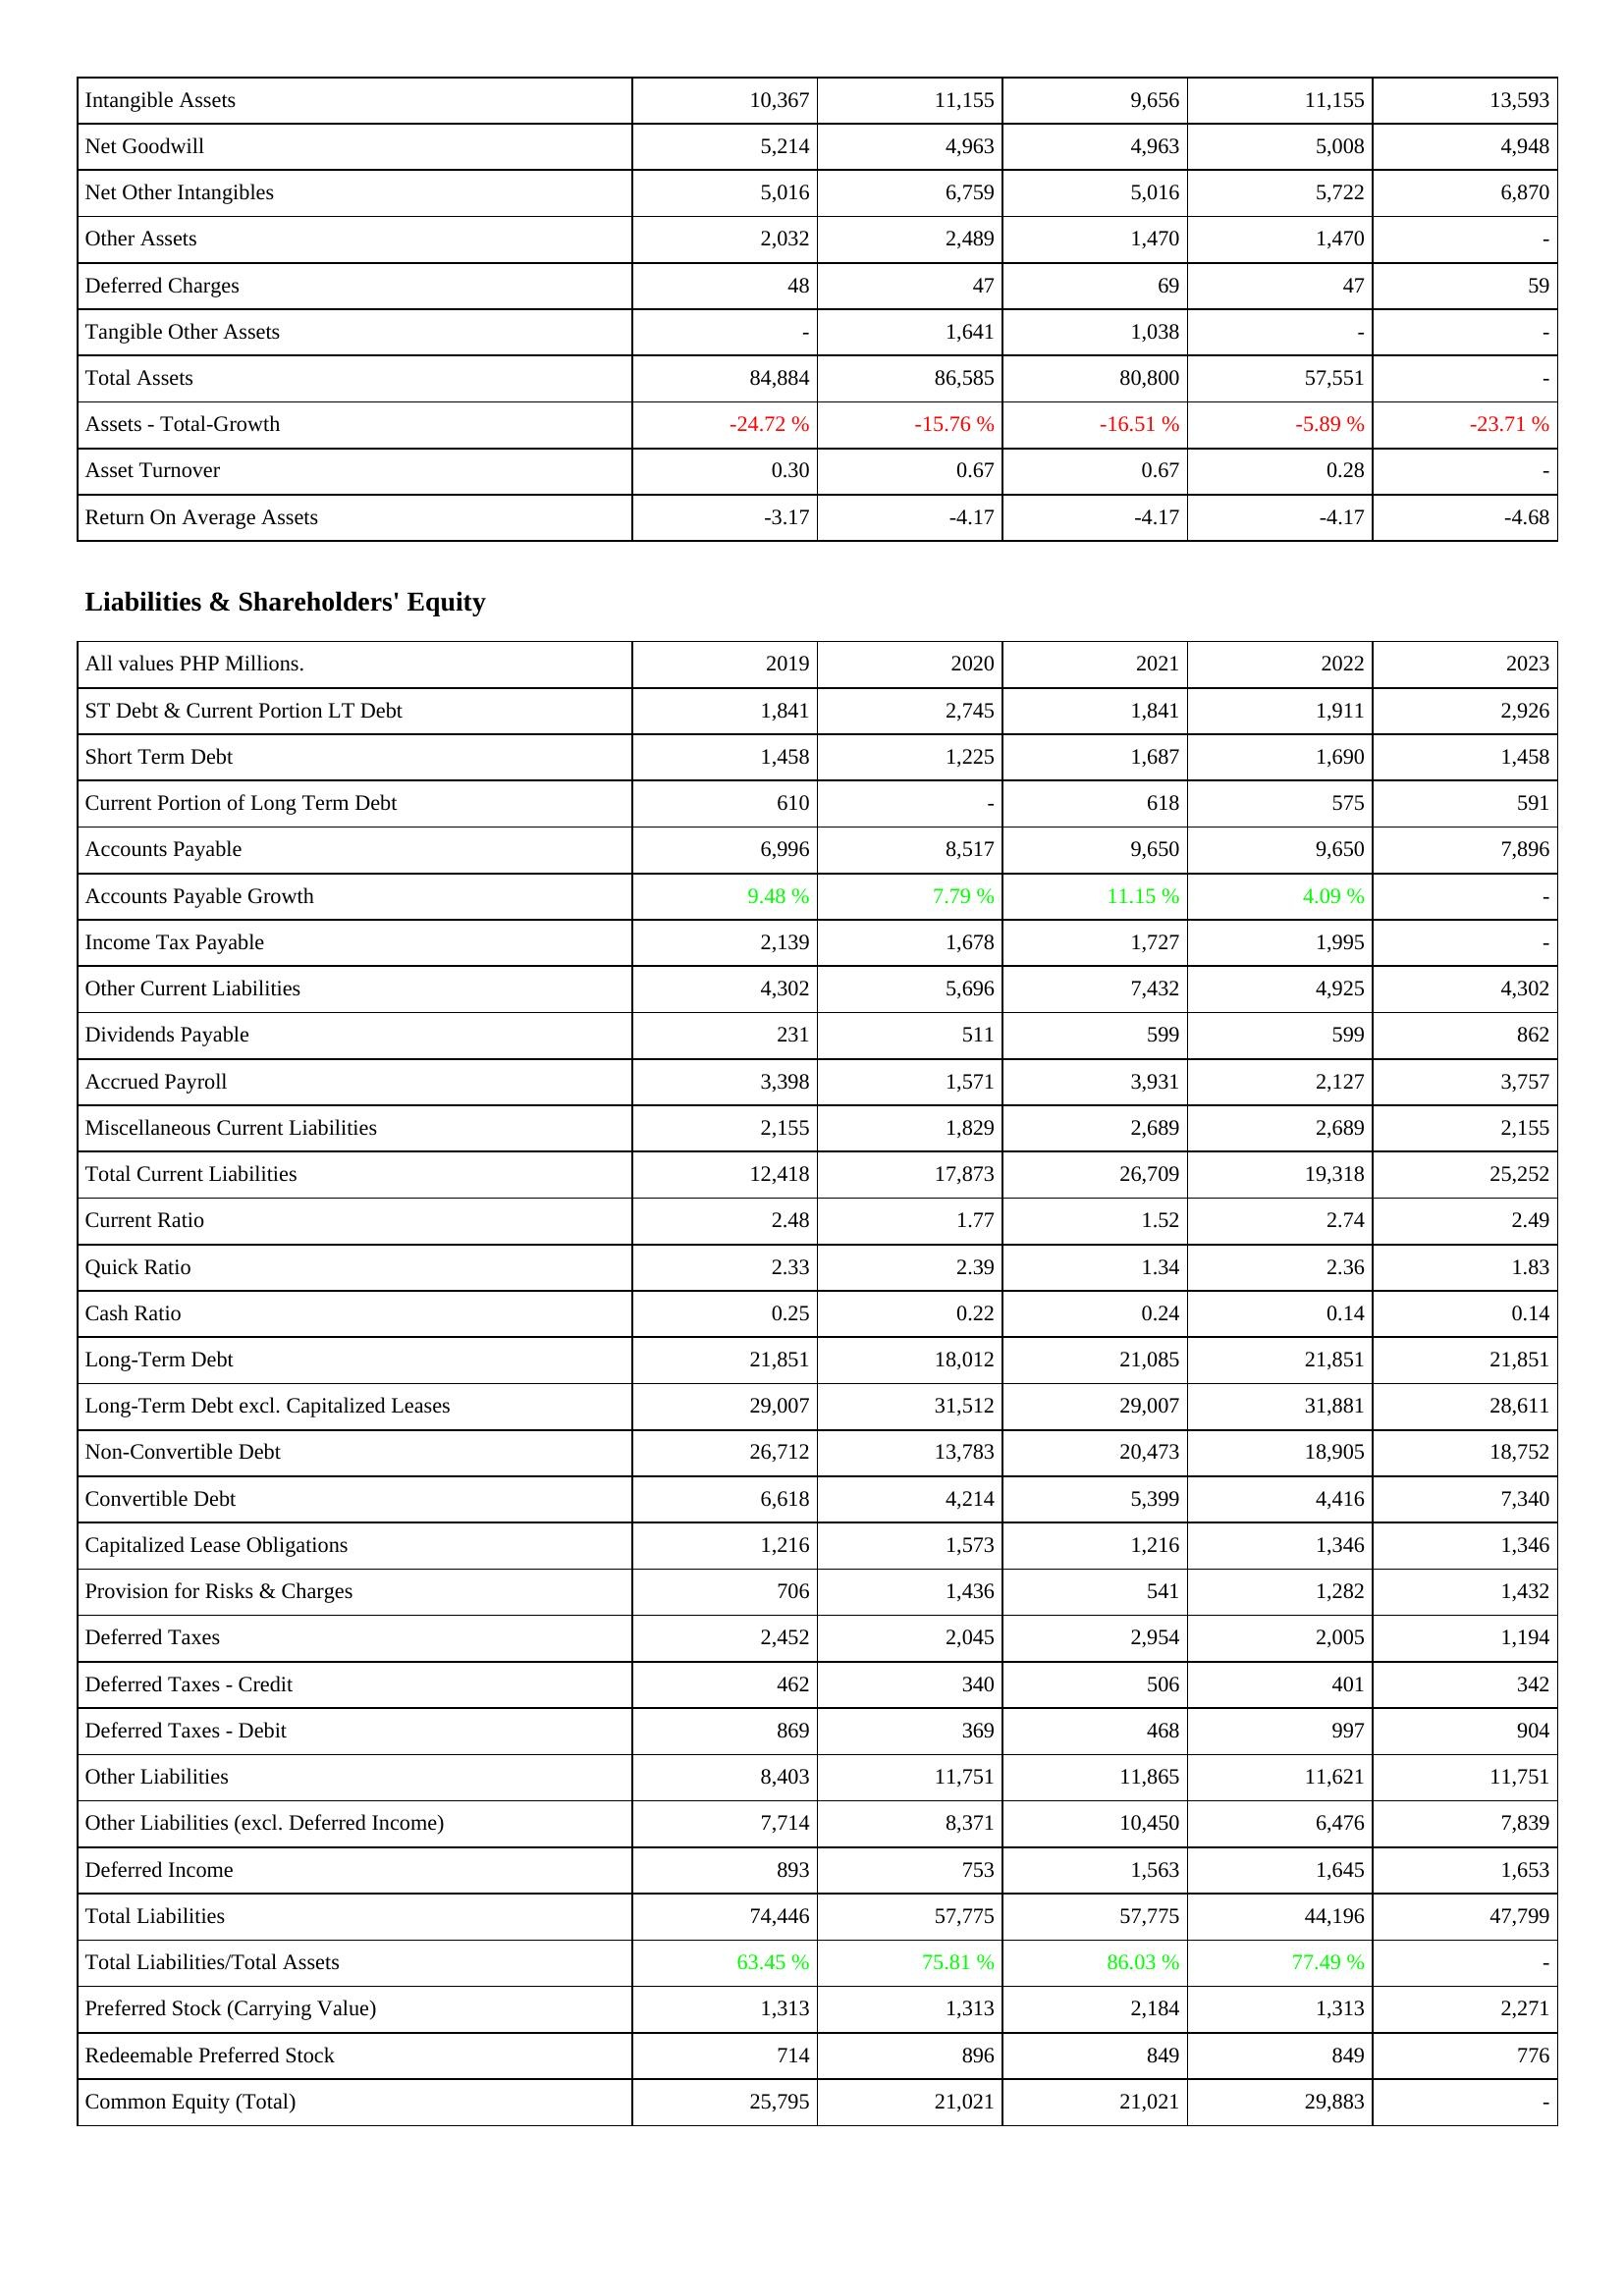
2019: Assets: Intangible Assets: 10,367
Net Goodwill: 5,214
Net Other Intangibles: 5,016
Other Assets: 2,032
Deferred Charges: 48
Tangible Other Assets: -
Total Assets: 84,884
Assets - Total-Growth: -24.72 %
Asset Turnover: 0.30
Return On Average Assets: -3.17
Liabilities & Shareholders' Equity: ST Debt & Current Portion LT Debt: 1,841
Short Term Debt: 1,458
Current Portion of Long Term Debt: 610
Accounts Payable: 6,996
Accounts Payable Growth: 9.48 %
Income Tax Payable: 2,139
Other Current Liabilities: 4,302
Dividends Payable: 231
Accrued Payroll: 3,398
Miscellaneous Current Liabilities: 2,155
Total Current Liabilities: 12,418
Current Ratio: 2.48
Quick Ratio: 2.33
Cash Ratio: 0.25
Long-Term Debt: 21,851
Long-Term Debt excl. Capitalized Leases: 29,007
Non-Convertible Debt: 26,712
Convertible Debt: 6,618
Capitalized Lease Obligations: 1,216
Provision for Risks & Charges: 706
Deferred Taxes: 2,452
Deferred Taxes - Credit: 462
Deferred Taxes - Debit: 869
Other Liabilities: 8,403
Other Liabilities (excl. Deferred Income): 7,714
Deferred Income: 893
Total Liabilities: 74,446
Total Liabilities/Total Assets: 63.45 %
Preferred Stock (Carrying Value): 1,313
Redeemable Preferred Stock: 714
Common Equity (Total): 25,795
2020: Assets: Intangible Assets: 11,155
Net Goodwill: 4,963
Net Other Intangibles: 6,759
Other Assets: 2,489
Deferred Charges: 47
Tangible Other Assets: 1,641
Total Assets: 86,585
Assets - Total-Growth: -15.76 %
Asset Turnover: 0.67
Return On Average Assets: -4.17
Liabilities & Shareholders' Equity: ST Debt & Current Portion LT Debt: 2,745
Short Term Debt: 1,225
Current Portion of Long Term Debt: -
Accounts Payable: 8,517
Accounts Payable Growth: 7.79 %
Income Tax Payable: 1,678
Other Current Liabilities: 5,696
Dividends Payable: 511
Accrued Payroll: 1,571
Miscellaneous Current Liabilities: 1,829
Total Current Liabilities: 17,873
Current Ratio: 1.77
Quick Ratio: 2.39
Cash Ratio: 0.22
Long-Term Debt: 18,012
Long-Term Debt excl. Capitalized Leases: 31,512
Non-Convertible Debt: 13,783
Convertible Debt: 4,214
Capitalized Lease Obligations: 1,573
Provision for Risks & Charges: 1,436
Deferred Taxes: 2,045
Deferred Taxes - Credit: 340
Deferred Taxes - Debit: 369
Other Liabilities: 11,751
Other Liabilities (excl. Deferred Income): 8,371
Deferred Income: 753
Total Liabilities: 57,775
Total Liabilities/Total Assets: 75.81 %
Preferred Stock (Carrying Value): 1,313
Redeemable Preferred Stock: 896
Common Equity (Total): 21,021
2021: Assets: Intangible Assets: 9,656
Net Goodwill: 4,963
Net Other Intangibles: 5,016
Other Assets: 1,470
Deferred Charges: 69
Tangible Other Assets: 1,038
Total Assets: 80,800
Assets - Total-Growth: -16.51 %
Asset Turnover: 0.67
Return On Average Assets: -4.17
Liabilities & Shareholders' Equity: ST Debt & Current Portion LT Debt: 1,841
Short Term Debt: 1,687
Current Portion of Long Term Debt: 618
Accounts Payable: 9,650
Accounts Payable Growth: 11.15 %
Income Tax Payable: 1,727
Other Current Liabilities: 7,432
Dividends Payable: 599
Accrued Payroll: 3,931
Miscellaneous Current Liabilities: 2,689
Total Current Liabilities: 26,709
Current Ratio: 1.52
Quick Ratio: 1.34
Cash Ratio: 0.24
Long-Term Debt: 21,085
Long-Term Debt excl. Capitalized Leases: 29,007
Non-Convertible Debt: 20,473
Convertible Debt: 5,399
Capitalized Lease Obligations: 1,216
Provision for Risks & Charges: 541
Deferred Taxes: 2,954
Deferred Taxes - Credit: 506
Deferred Taxes - Debit: 468
Other Liabilities: 11,865
Other Liabilities (excl. Deferred Income): 10,450
Deferred Income: 1,563
Total Liabilities: 57,775
Total Liabilities/Total Assets: 86.03 %
Preferred Stock (Carrying Value): 2,184
Redeemable Preferred Stock: 849
Common Equity (Total): 21,021
2022: Assets: Intangible Assets: 11,155
Net Goodwill: 5,008
Net Other Intangibles: 5,722
Other Assets: 1,470
Deferred Charges: 47
Tangible Other Assets: -
Total Assets: 57,551
Assets - Total-Growth: -5.89 %
Asset Turnover: 0.28
Return On Average Assets: -4.17
Liabilities & Shareholders' Equity: ST Debt & Current Portion LT Debt: 1,911
Short Term Debt: 1,690
Current Portion of Long Term Debt: 575
Accounts Payable: 9,650
Accounts Payable Growth: 4.09 %
Income Tax Payable: 1,995
Other Current Liabilities: 4,925
Dividends Payable: 599
Accrued Payroll: 2,127
Miscellaneous Current Liabilities: 2,689
Total Current Liabilities: 19,318
Current Ratio: 2.74
Quick Ratio: 2.36
Cash Ratio: 0.14
Long-Term Debt: 21,851
Long-Term Debt excl. Capitalized Leases: 31,881
Non-Convertible Debt: 18,905
Convertible Debt: 4,416
Capitalized Lease Obligations: 1,346
Provision for Risks & Charges: 1,282
Deferred Taxes: 2,005
Deferred Taxes - Credit: 401
Deferred Taxes - Debit: 997
Other Liabilities: 11,621
Other Liabilities (excl. Deferred Income): 6,476
Deferred Income: 1,645
Total Liabilities: 44,196
Total Liabilities/Total Assets: 77.49 %
Preferred Stock (Carrying Value): 1,313
Redeemable Preferred Stock: 849
Common Equity (Total): 29,883
2023: Assets: Intangible Assets: 13,593
Net Goodwill: 4,948
Net Other Intangibles: 6,870
Other Assets: -
Deferred Charges: 59
Tangible Other Assets: -
Total Assets: -
Assets - Total-Growth: -23.71 %
Asset Turnover: -
Return On Average Assets: -4.68
Liabilities & Shareholders' Equity: ST Debt & Current Portion LT Debt: 2,926
Short Term Debt: 1,458
Current Portion of Long Term Debt: 591
Accounts Payable: 7,896
Accounts Payable Growth: -
Income Tax Payable: -
Other Current Liabilities: 4,302
Dividends Payable: 862
Accrued Payroll: 3,757
Miscellaneous Current Liabilities: 2,155
Total Current Liabilities: 25,252
Current Ratio: 2.49
Quick Ratio: 1.83
Cash Ratio: 0.14
Long-Term Debt: 21,851
Long-Term Debt excl. Capitalized Leases: 28,611
Non-Convertible Debt: 18,752
Convertible Debt: 7,340
Capitalized Lease Obligations: 1,346
Provision for Risks & Charges: 1,432
Deferred Taxes: 1,194
Deferred Taxes - Credit: 342
Deferred Taxes - Debit: 904
Other Liabilities: 11,751
Other Liabilities (excl. Deferred Income): 7,839
Deferred Income: 1,653
Total Liabilities: 47,799
Total Liabilities/Total Assets: -
Preferred Stock (Carrying Value): 2,271
Redeemable Preferred Stock: 776
Common Equity (Total): -